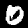
Label: 0